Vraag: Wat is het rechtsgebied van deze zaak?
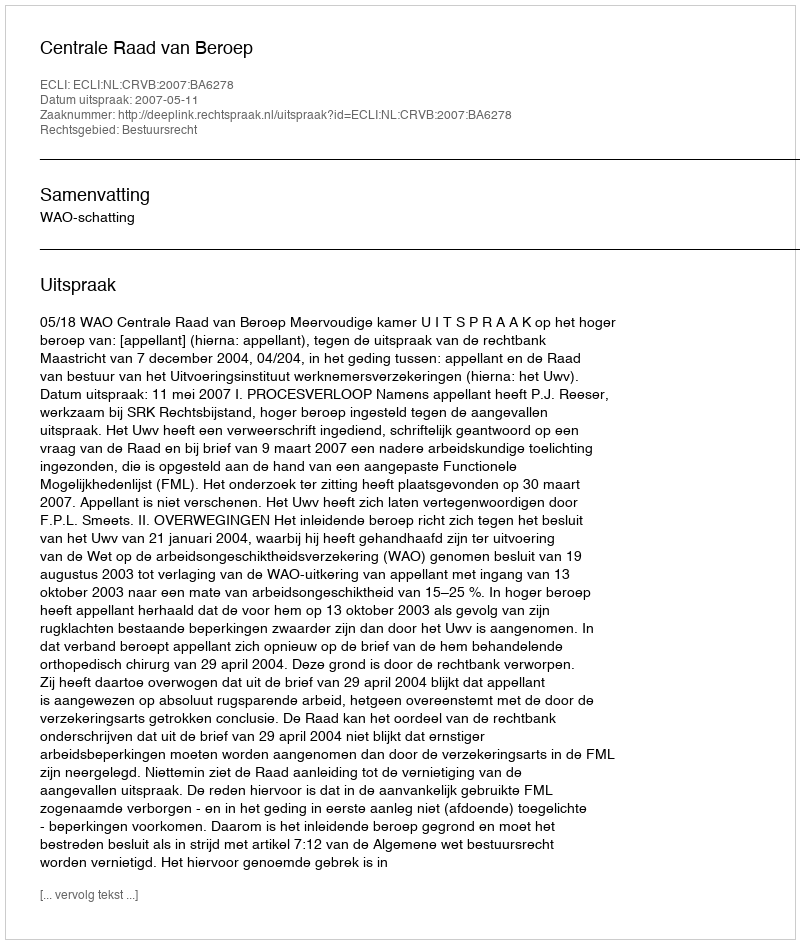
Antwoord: Bestuursrecht